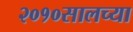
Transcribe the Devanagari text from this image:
२०१०सालच्या